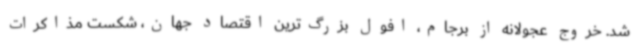
شد. خروج عجولانه از برجام، افول بزرگ‌ترین اقتصاد جهان، شکست مذاکرات